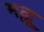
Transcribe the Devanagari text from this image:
मल्लु